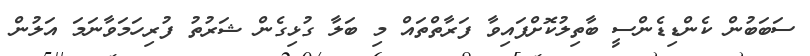
ސަބަބުން ކެންޑިޑެންސީ ބާތިލުކޮށްފައިވާ ފަރާތްތައް މި ބަލާ ގުޅިގެން ޝަރުތު ފުރިހަމަވާނަމަ އަލުން